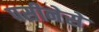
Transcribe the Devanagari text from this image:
पसीनेसे